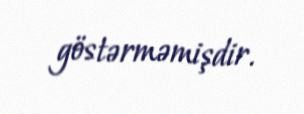
göstərməmişdir.